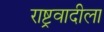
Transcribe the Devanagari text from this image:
राष्ट्रवादीला